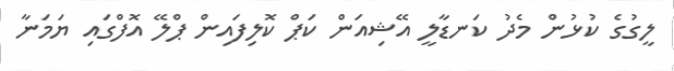
ލީގުގެ ކުޅުން މެދު ކަނޑާލީ އޭޝިއަން ކަޕް ކޮލިފައިން ޕްލޭ އޮފްގައި ޔަމަނާ